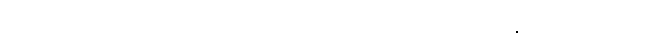
ဘုရားရေ၊ ကျားသားမိုးကြိုး၊ ဒီလို မဟုတ်တရုတ်တွေ မပြောပါနှင့် ကလေးရယ်၊